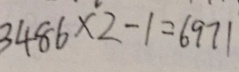
3 4 8 6 \times 2 - 1 = 6 9 7 1